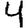
Digit: 4